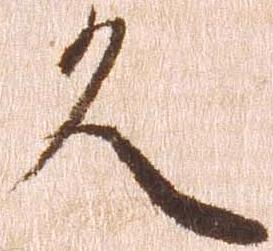
久